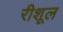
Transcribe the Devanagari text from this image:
रीशूल